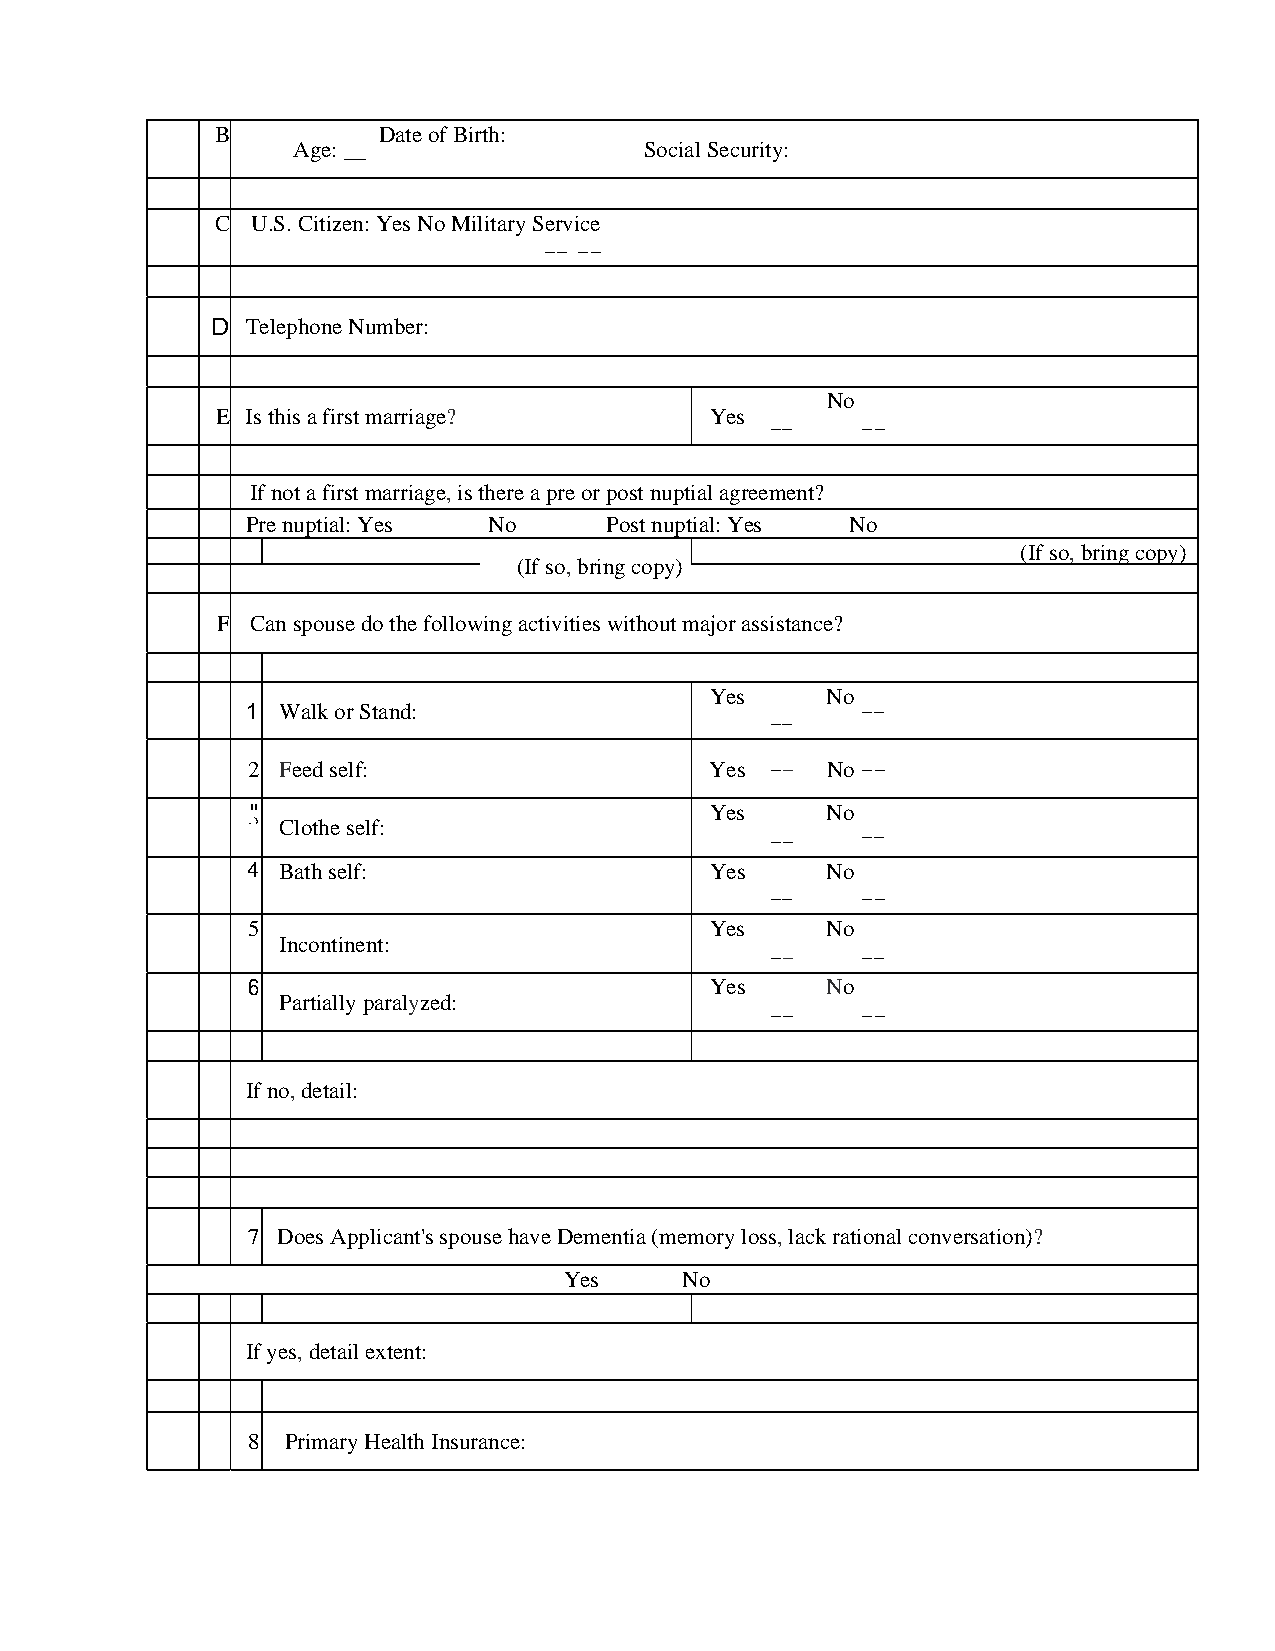
B          Date of Birth:
 Age: __                 Social Security:
 C  U.S. Citizen: Yes No Military Service
 -- --
 D Telephone Number:
 No
 E Is this a first marriage?      Yes
 --    --
 If not a first marriage, is there a pre or post nuptial agreement?
 Pre nuptial: Yes No     Post nuptial: Yes No
 (If so, bring copy)
 (If so, bring copy)
 F  Can spouse do the following activities without major assistance?
 Yes     No
 1 Walk or Stand:                         --
 --
 2 Feed self:                   Yes --  No --
 "                              Yes     No
 .) Clothe self:
 --    --
 4 Bath self:                   Yes     No
 --    --
 5                              Yes     No
 Incontinent:
 --    --
 6                              Yes     No
 Partially paralyzed:
 --    --
 If no, detail:
 7 Does Applicant's spouse have Dementia (memory loss, lack rational conversation)?
 Yes     No
 If yes, detail extent:
 8  Primary Health Insurance: